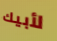
لأبيك